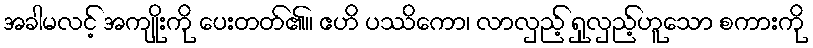
အခါမလင့် အကျိုးကို ပေးတတ်၏။ ဧဟိ ပဿိကော၊ လာလှည့် ရှုလှည့်ဟူသော စကားကို